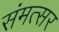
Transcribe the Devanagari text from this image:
संमत्सर